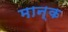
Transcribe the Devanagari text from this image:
मान्क